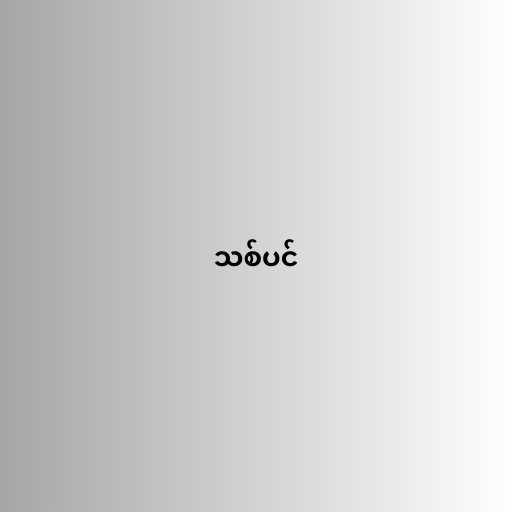
သစ်ပင်